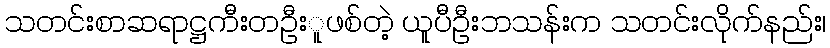
သတင်းစာဆရာဋ္ဌကီးတဦးူဖစ်တဲ့ ယူပီဦးဘသန်းက သတင်းလိုက်နည်း၊